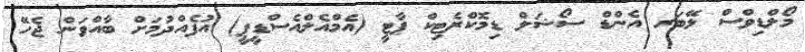
މޯލްޑިވްސް ލޭބަރ އެންޑް ސޯޝަލް ޑިމޮކްރެޓިކް ޕާޓީ (އެމްއެލްއެސްޑީޕީ) އުފެއްދުމަށް ބާއްވަން ޖެހޭ